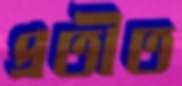
প্রতীত